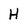
Character: H